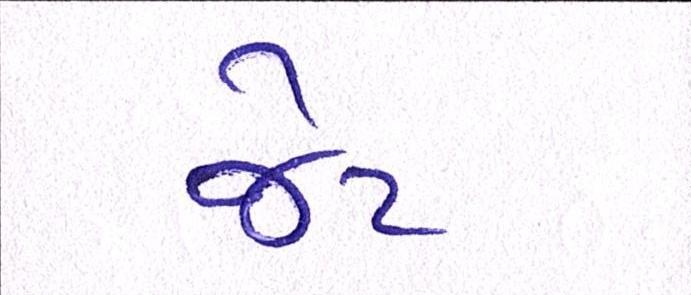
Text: જેટ